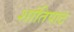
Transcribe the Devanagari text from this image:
शांतिपाठ